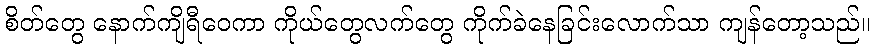
စိတ်တွေ နောက်ကျိရီဝေကာ ကိုယ်တွေလက်တွေ ကိုက်ခဲနေခြင်းလောက်သာ ကျန်တော့သည်။